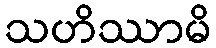
သဟိဿာမိ